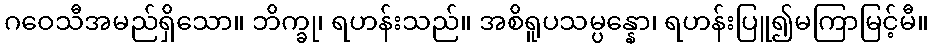
ဂဝေသီအမည်ရှိသော။ ဘိက္ခု၊ ရဟန်းသည်။ အစိရူပသမ္ပန္နော၊ ရဟန်းပြူ၍မကြာမြင့်မီ။